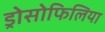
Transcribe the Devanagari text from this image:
ड्रोसोफिलिया